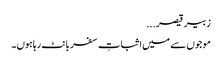
زبیر قیصر...
موجوں سے میں اثباتِ سفر بانٹ رہاہوں ۔